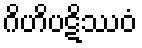
ဂိဟိပဋိဿဝံ